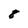
Character: 8